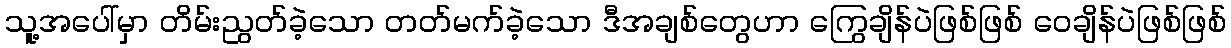
သူ့အပေါ်မှာ တိမ်းညွတ်ခဲ့သော တတ်မက်ခဲ့သော ဒီအချစ်တွေဟာ ကြွေချိန်ပဲဖြစ်ဖြစ် ဝေချိန်ပဲဖြစ်ဖြစ်